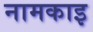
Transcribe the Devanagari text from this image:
नामकाइ